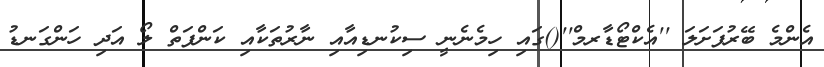
އެންމެ ބޭރުފަށަލަ ''އެކްޓޯޑާރމް''()ގައި ހިމެނެނީ ސިކުނޑިއާއި ނާރުތަކާއި ކަންފަތް ލޯ އަދި ހަންގަނޑު